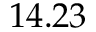
1 4 . 2 3